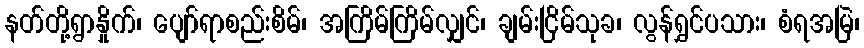
နတ်တို့ရွာနှိုက်၊ ပျော်ရာစည်းစိမ်၊ အကြိမ်ကြိမ်လျှင်၊ ချမ်းငြိမ်သုခ၊ လွန်ရွှင်ပသား၊ စံရအမြဲ၊